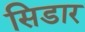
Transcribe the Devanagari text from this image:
सिडार